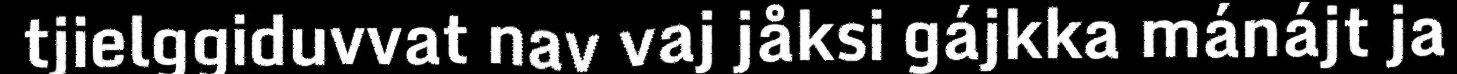
tjielggiduvvat nav vaj jåksi gájkka mánájt ja